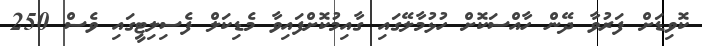
ކޮވިޑަށް ފަރުވާ ދޭން ހާއްސަކޮށް ހުޅުމާލޭގައި ގާއިމުކޮށްފައިވާ މެޑިކަލް ފެސިލިޓީގައި ވެސް 250